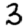
Digit: 3